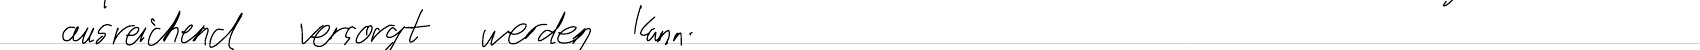
ausreichend versorgt werden kann.